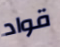
قواد